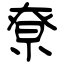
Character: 尞